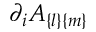
\partial _ { i } A _ { \{ l \} \{ m \} }